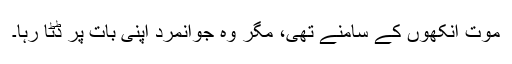
موت آنکھوں کے سامنے تھی، مگر وہ جوانمرد اپنی بات پر ڈٹا رہا۔